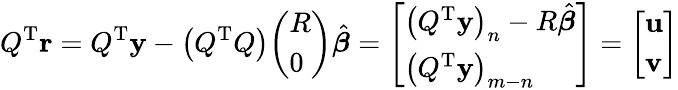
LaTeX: Q^{\mathrm{{T}}}\mathbf{r}=Q^{\mathrm{{T}}}\mathbf{y}-\left(Q^{\mathrm{{T}}}Q\right){\left(\begin{array}{l}{R}\\ {0}\end{array}\right)}{\hat{\boldsymbol{\beta}}}={\left[\begin{array}{l}{\left(Q^{\mathrm{{T}}}\mathbf{y}\right)_{n}-R{\hat{\boldsymbol{\beta}}}}\\ {\left(Q^{\mathrm{{T}}}\mathbf{y}\right)_{m-n}}\end{array}\right]}={\left[\begin{array}{l}{\mathbf{u}}\\ {\mathbf{v}}\end{array}\right]}